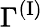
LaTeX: \Gamma^{(\mathrm{I})}